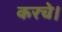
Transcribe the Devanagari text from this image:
करचे।